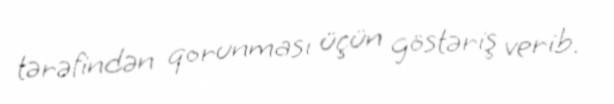
tərəfindən qorunması üçün göstəriş verib.